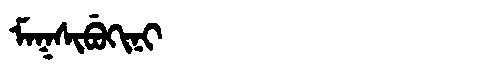
Manchu: ᠮᠠᡴᠰᡳᠪᡠᡴᡳᠨᡳ
Romanization: MAKSIBUKINI